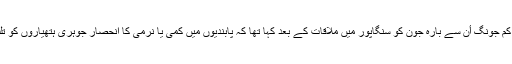
ٹرمپ نے شمالی کوریائی لیڈر کم جونگ اٴْن سے بارہ جون کو سنگاپور میں ملاقات کے بعد کہا تھا کہ پابندیوں میں کمی یا نرمی کا انحصار جوہری ہتھیاروں کو تلف کرنے کی پیش رفت پر ہے۔